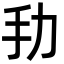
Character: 劧